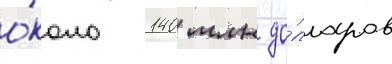
о́коло 140 млн до́лларов